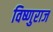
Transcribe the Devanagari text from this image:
विष्णुराज